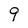
Character: 9